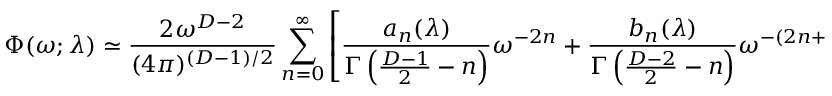
\Phi ( \omega ; \lambda ) \simeq { \frac { 2 \omega ^ { D - 2 } } { ( 4 \pi ) ^ { ( D - 1 ) / 2 } } } \sum _ { n = 0 } ^ { \infty } \left[ { \frac { a _ { n } ( \lambda ) } { \Gamma \left( { \frac { D - 1 } { 2 } } - n \right) } } \omega ^ { - 2 n } + { \frac { b _ { n } ( \lambda ) } { \Gamma \left( { \frac { D - 2 } { 2 } } - n \right) } } \omega ^ { - ( 2 n + 1 ) } \right] ~ ~ ~ .